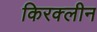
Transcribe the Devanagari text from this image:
किरक्लीन